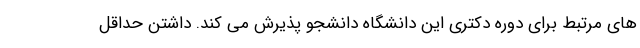
های مرتبط برای دوره دکتری این دانشگاه دانشجو پذیرش می کند. داشتن حداقل